Statistical return of the lunatic asylum in Assam - 1912-1932
Year: 1912
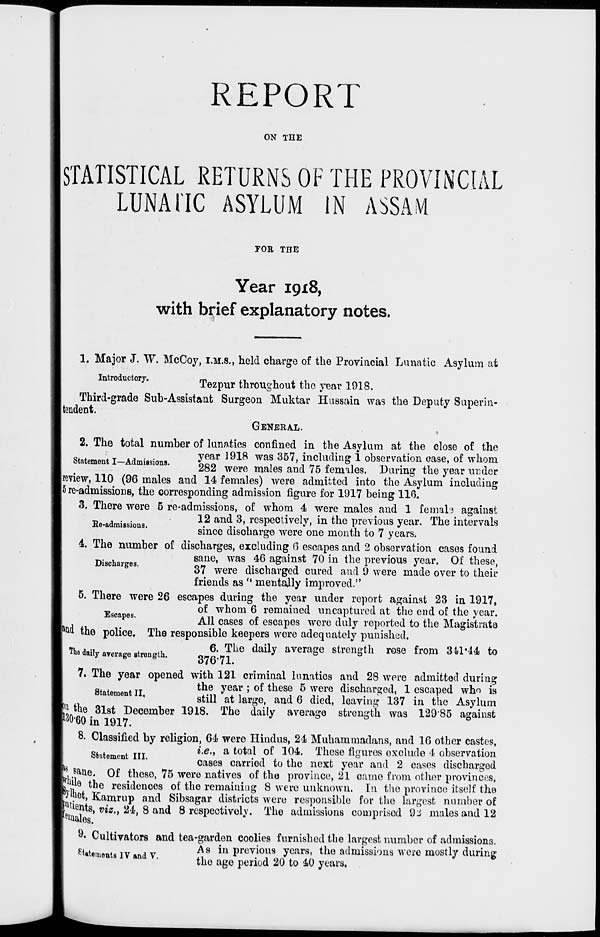
REPORT
ON THE
STATISTICAL RETURNS OF THE PROVINCIAL
LUNATIC ASYLUM IN ASSAM
FOR THE
Year 19x8,
with brief explanatory notes.
Re-admissions.
1. Major J. W. McCoy, I.M.S., held charge of the Provincial Lunatic Asylum at
n ro uc ory.
Tezpur throughout the year 1918.
Third-grade Sub-Assistant Surgeon Muktar Hussain was the Deputy Superin-
Itendent.
GENERAL.
>
2. The total number of lunatics confined in the Asylum at the close of the
st
T _ Af , • .
year 1918 was 357, including 1 observation case, of whom
282 were males and 75 females. During the year under
Ireview, 110 (96 males and 14 females) were admitted into the Asylum including
|5 re-admissions, the corresponding admission figure for 1917 being 110.
3. There were 5 re-admissions, of whom 4 were males and 1 femal'3 against
12 and 3, respectively, in the previous year. The intervals
since discharge were one month to 7 years.
4. The number of discharges, excluding 0 escapes and 2 observation cases found
sane, was 46 against 70 in the previous year. Of these,
isc aiges.
gy were discharged cured and 9 were made over to their
friends as ' * mentally improved."
5. There were 26 escapes during the year under report against 23 in 1917,
of whom 6 remained uncapturcd at the end of the year.
bCapes "
All cases of escapes were duly reported to the Magistrate
^ the police. The responsible keepers were adequately punished.
», , ..
,
6. The daily average strength rose from 341*44 to
Uie daily average strength.
IT'71
7. The year opened with 121 criminal lunatics and 28 were admitted during
the year ; of these 5 were discharged, 1 escaped who is
Statement II,
^ at large> ftnd Q diedf l eaviu „ 137 in the Asylum
J5 tlie 31st December 1918. The daily average strength was 12985 against
l3 0'6O in 1917.
8. Classified by religion, 64 were Hindus, 24 Muhammadans, and 16 other castes,
g ,
i.e., a total of 104. These figures exclude 4 observation
oases carried to the next year and 2 cases discharged
s &ne. Of these, 75 were natives of the province, 21 came from other provinces,
%le the residences of the remaining 8 were unknown. In the province itself the
yihot, Kamrup and Sibsagar districts were responsible for the largest number of
puents, viz., 24, 8 and 8 respectively. The admissions comprised 9^ males and 12
9l *iales.
9. Cultivators and tea-garden coolies furnished the largest number of admissions.
st.t
TTT
, ^
As in previous years, the admissions were mostly during
^Utements IV and V.
,1
r
• i OA *\ Ari
*
•
the age period 20 to 40 years.